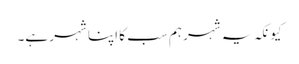
کیونکہ یہ شہر ہم سب کا اپنا شہر ہے۔